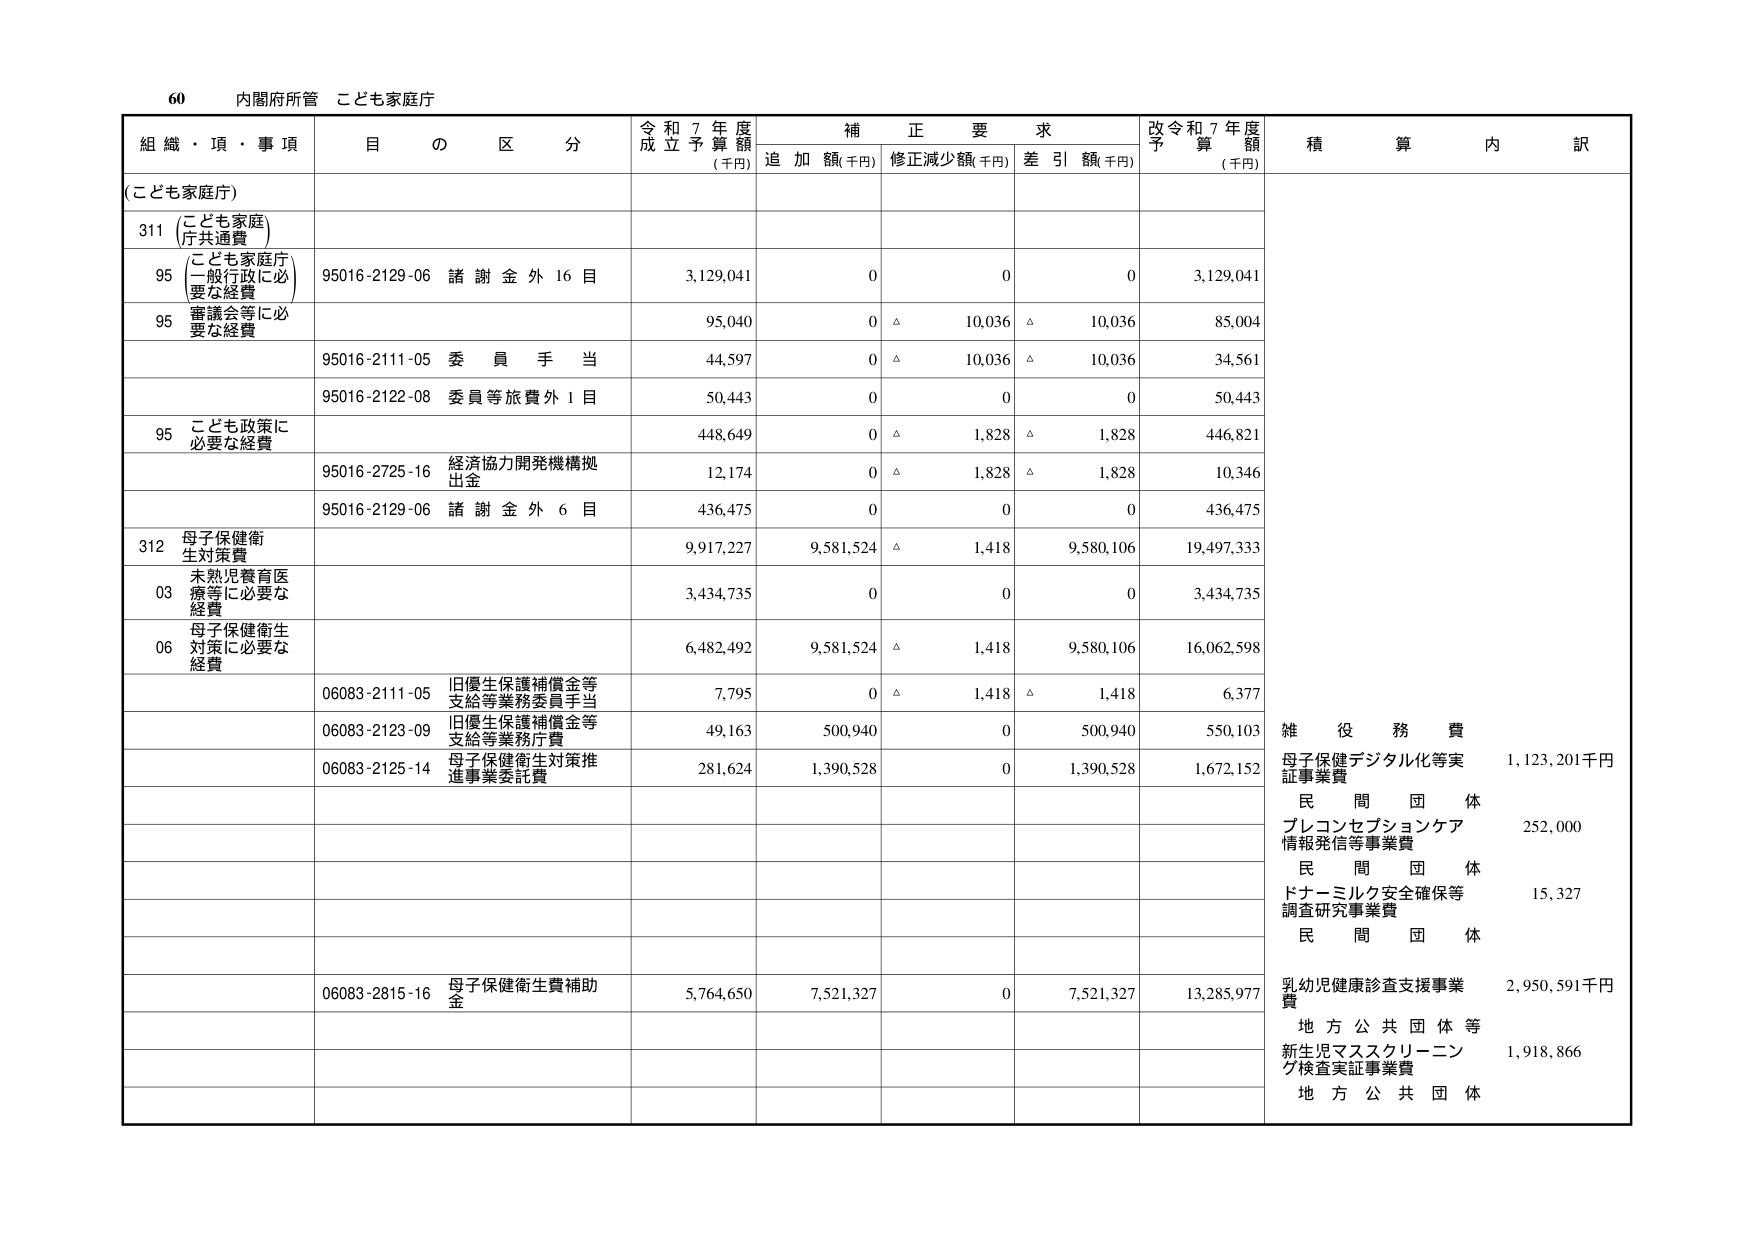
60 内閣府所管 こども家庭庁

組織・項・事項 目の区分 令和7年度成立予算額(千円) 補正要求 追加額(千円) 修正減少額(千円) 差引額(千円) 改令和7年度予算額(千円) 積算内訳

(こども家庭庁)

311 (こども家庭庁共通費)

95 (こども家庭庁一般行政に必要な経費) 95016-2129-06 諸謝金外16目 3,129,041 0 0 0 3,129,041

95 審議会等に必要な経費 95,040 0 △ 10,036 △ 10,036 85,004

95016-2111-05 委員手当 44,597 0 △ 10,036 △ 10,036 34,561

95016-2122-08 委員等旅費外1目 50,443 0 0 0 50,443

95 こども政策に必要な経費 448,649 0 △ 1,828 △ 1,828 446,821

95016-2725-16 経済協力開発機構拠出金 12,174 0 △ 1,828 △ 1,828 10,346

95016-2129-06 諸謝金外6目 436,475 0 0 0 436,475

312 母子保健衛生対策費 9,917,227 9,581,524 △ 1,418 9,580,106 19,497,333

03 未熟児養育医療等に必要な経費 3,434,735 0 0 0 3,434,735

06 母子保健衛生対策に必要な経費 6,482,492 9,581,524 △ 1,418 9,580,106 16,062,598

06083-2111-05 旧優生保護補償金等支給等業務委員手当 7,795 0 △ 1,418 △ 1,418 6,377

06083-2123-09 旧優生保護補償金等支給等業務庁費 49,163 500,940 0 500,940 550,103

06083-2125-14 母子保健衛生対策推進事業委託費 281,624 1,390,528 0 1,390,528 1,672,152

06083-2815-16 母子保健衛生費補助金 5,764,650 7,521,327 0 7,521,327 13,285,977

雑役務費
母子保健デジタル化等実証事業費 1,123,201千円
民間団体
プレコンセプションケア情報発信等事業費 252,000
民間団体
ドナーミルク安全確保等調査研究事業費 15,327
民間団体
乳幼児健康診査支援事業費 2,950,591千円
地方公共団体等
新生児マススクリーニング検査実証事業費 1,918,866
地方公共団体